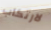
لارتكاب